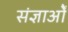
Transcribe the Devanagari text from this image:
संज्ञाओें